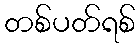
တစ်ပတ်ရစ်